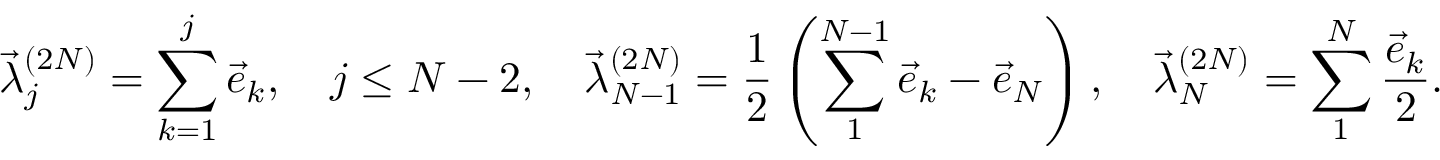
\vec { \lambda } _ { j } ^ { ( 2 N ) } = \sum _ { k = 1 } ^ { j } \vec { e } _ { k } , \quad j \leq N - 2 , \quad \vec { \lambda } _ { N - 1 } ^ { ( 2 N ) } = { \frac { 1 } { 2 } } \left( \sum _ { 1 } ^ { N - 1 } \vec { e } _ { k } - \vec { e } _ { N } \right) , \quad \vec { \lambda } _ { N } ^ { ( 2 N ) } = \sum _ { 1 } ^ { N } { \frac { \vec { e } _ { k } } { 2 } } .